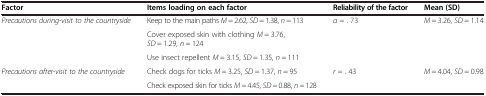
<table><thead><tr><td><b>Factor</b></td><td><b>Items loading on each factor</b></td><td><b>Reliability of the factor</b></td><td><b>Mean (SD)</b></td></tr></thead><tbody><tr><td rowspan="3"><i>Precautions during-visit to the countryside</i></td><td>Keep to the main paths <i>M</i> = 2.62, <i>SD</i> = 1.38, <i>n</i> = 113</td><td rowspan="3"><i>α</i> = . 73</td><td rowspan="3"><i>M</i> = 3.26, <i>SD</i> = 1.14</td></tr><tr><td>Cover exposed skin with clothing <i>M</i> = 3.76, <i>SD</i> = 1.29, <i>n</i> = 124</td></tr><tr><td>Use insect repellent <i>M</i> = 3.15, <i>SD</i> = 1.35, <i>n</i> = 111</td></tr><tr><td rowspan="2"><i>Precautions after-visit to the countryside</i></td><td>Check dogs for ticks <i>M</i> = 3.25, <i>SD</i> = 1.37, <i>n</i> = 95</td><td rowspan="2"><i>r</i> = . 43</td><td rowspan="2"><i>M</i> = 4.04, <i>SD</i> = 0.98</td></tr><tr><td>Check exposed skin for ticks <i>M</i> = 4.45, <i>SD</i> = 0.88, <i>n</i> = 128</td></tr></tbody></table>